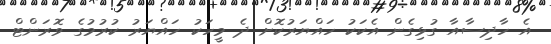
އެ ހާދިސާއާ ގުޅިގެން އެކަކު ހައްޔަރުކޮށް ދެ މީހަކު ހައްޔަރު ކުރުމުގެ ވޮރަންޓް